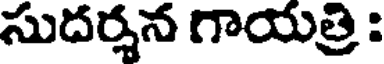
సుదర్శన గాయత్రి :